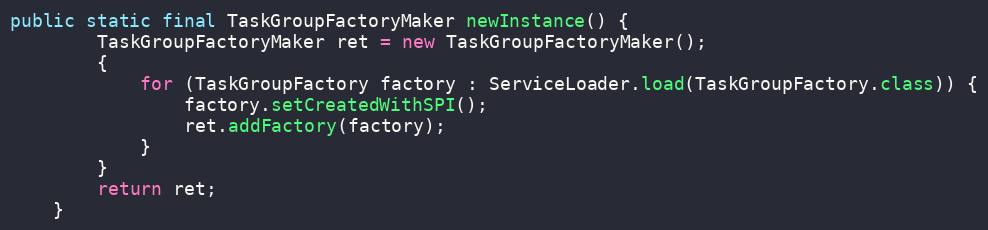
Language: Java
public static final TaskGroupFactoryMaker newInstance() {
		TaskGroupFactoryMaker ret = new TaskGroupFactoryMaker();
		{
            for (TaskGroupFactory factory : ServiceLoader.load(TaskGroupFactory.class)) {
                factory.setCreatedWithSPI();
                ret.addFactory(factory);
            }
		}
		return ret;
	}